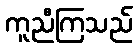
ကူညီကြသည်